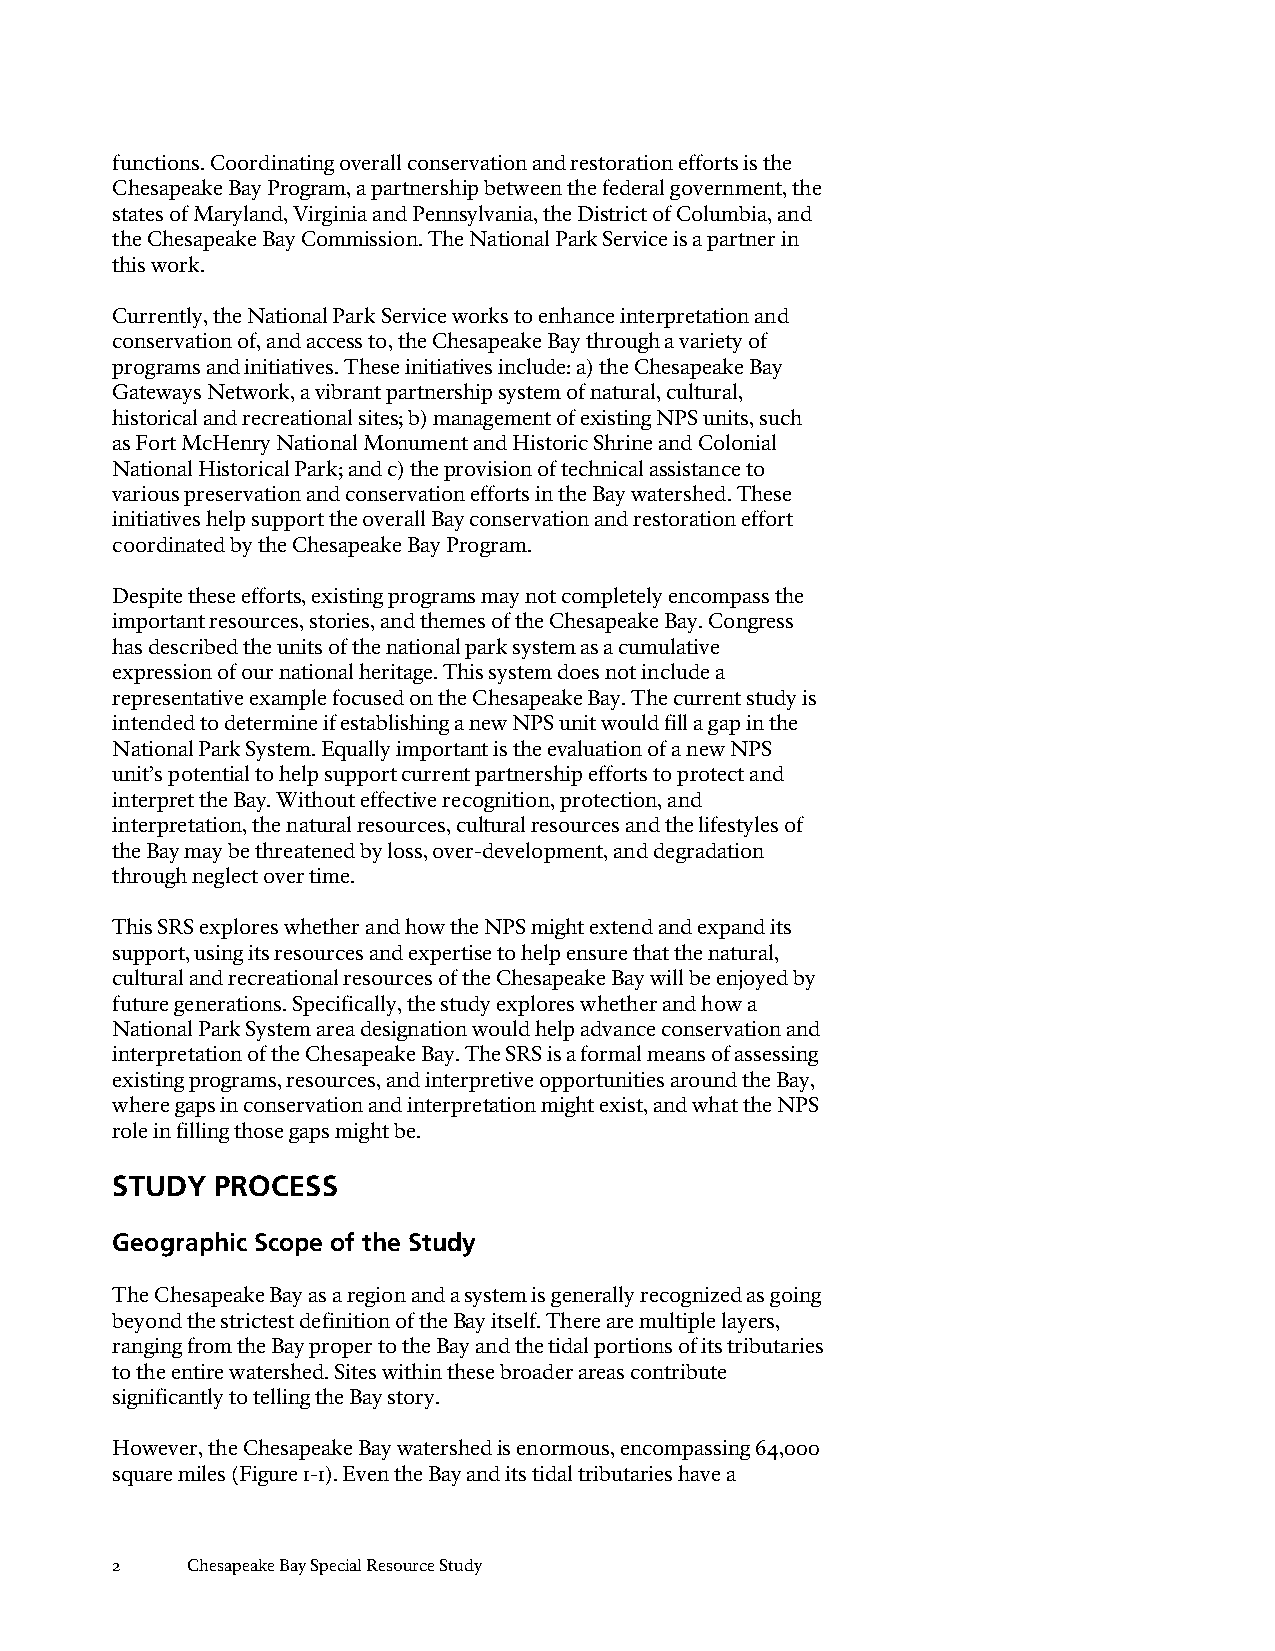
functions. Coordinating overall conservation and restoration efforts is the
 Chesapeake Bay Program, a partnership between the federal government, the
 states of Maryland, Virginia and Pennsylvania, the District of Columbia, and
 the Chesapeake Bay Commission. The National Park Service is a partner in
 this work.
 Currently, the National Park Service works to enhance interpretation and
 conservation of, and access to, the Chesapeake Bay through a variety of
 programs and initiatives. These initiatives include: a) the Chesapeake Bay
 Gateways Network, a vibrant partnership system of natural, cultural,
 historical and recreational sites; b) management of existing NPS units, such
 as Fort McHenry National Monument and Historic Shrine and Colonial
 National Historical Park; and c) the provision of technical assistance to
 various preservation and conservation efforts in the Bay watershed. These
 initiatives help support the overall Bay conservation and restoration effort
 coordinated by the Chesapeake Bay Program.
 Despite these efforts, existing programs may not completely encompass the
 important resources, stories, and themes of the Chesapeake Bay. Congress
 has described the units of the national park system as a cumulative
 expression of our national heritage. This system does not include a
 representative example focused on the Chesapeake Bay. The current study is
 intended to determine if establishing a new NPS unit would fill a gap in the
 National Park System. Equally important is the evaluation of a new NPS
 unit’s potential to help support current partnership efforts to protect and
 interpret the Bay. Without effective recognition, protection, and
 interpretation, the natural resources, cultural resources and the lifestyles of
 the Bay may be threatened by loss, over-development, and degradation
 through neglect over time.
 This SRS explores whether and how the NPS might extend and expand its
 support, using its resources and expertise to help ensure that the natural,
 cultural and recreational resources of the Chesapeake Bay will be enjoyed by
 future generations. Specifically, the study explores whether and how a
 National Park System area designation would help advance conservation and
 interpretation of the Chesapeake Bay. The SRS is a formal means of assessing
 existing programs, resources, and interpretive opportunities around the Bay,
 where gaps in conservation and interpretation might exist, and what the NPS
 role in filling those gaps might be.
 STUDY  PROCESS
 Geographic Scope of the Study
 The Chesapeake Bay as a region and a system is generally recognized as going
 beyond the strictest definition of the Bay itself. There are multiple layers,
 ranging from the Bay proper to the Bay and the tidal portions of its tributaries
 to the entire watershed. Sites within these broader areas contribute
 significantly to telling the Bay story.
 However, the Chesapeake Bay watershed is enormous, encompassing 64,000
 square miles (Figure 1-1). Even the Bay and its tidal tributaries have a
 2    Chesapeake Bay Special Resource Study